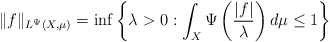
\begin{align*} \|f\|_{L^{\Psi}(X,\mu)} = \inf\bigg\{\lambda>0: \int_X \Psi\left( \frac{|f|}{\lambda}\right)d\mu \leq 1\bigg\}\end{align*}